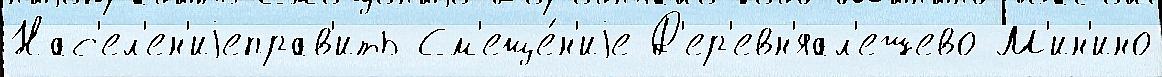
Нас'ел'ен'иjеправ'ить См'еще́н'иjе Д'ер'евн'яал'ешево М'ин'ино